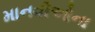
માનવીઓના